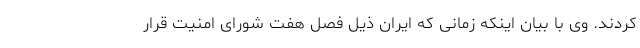
کردند. وی با بیان اینکه زمانی که ایران ذیل فصل هفت شورای امنیت قرار